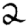
Digit: 2